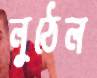
লুঠেল